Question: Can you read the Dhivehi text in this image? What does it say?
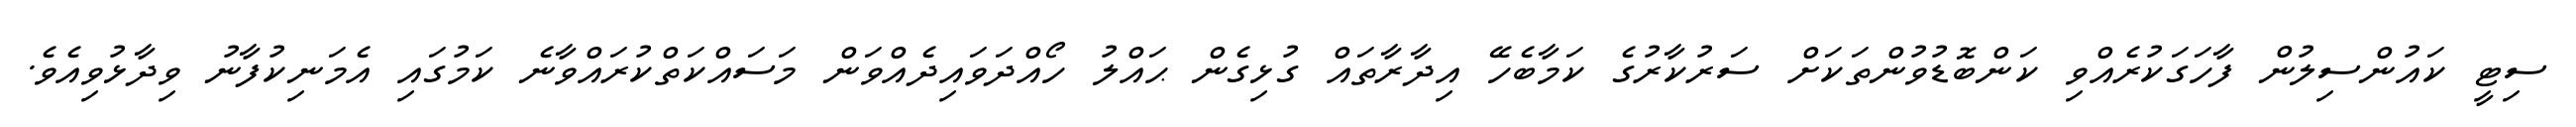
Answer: ސިޓީ ކައުންސިލުން ފާހަގަކުރެއްވި ކަންބޮޑުވުންތަކަށް ސަރުކާރުގެ ކަމާބެހޭ އިދާރާތައް ގުޅިގެން ޙައްލު ހޯއްދަވައިދެއްވަން މަސައްކަތްކުރައްވާނެ ކަމުގައި އެމަނިކުފާނު ވިދާޅުވިއެވެ.